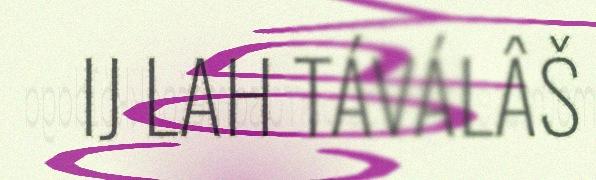
IJ LAH TÁVÁLÂŠ